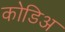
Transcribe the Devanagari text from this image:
कोडिअ